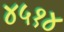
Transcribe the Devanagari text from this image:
४५१४